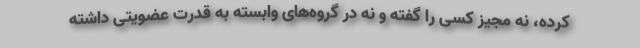
کرده، نه مجیز کسی را گفته و نه در گروه‌های وابسته به قدرت عضویتی داشته